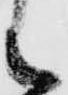
候